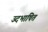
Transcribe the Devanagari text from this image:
उदभाषित